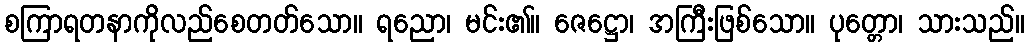
စကြာရတနာကိုလည်စေတတ်သော။ ရညော၊ မင်း၏။ ဇေဋ္ဌော၊ အကြီးဖြစ်သော။ ပုတ္တော၊ သားသည်။